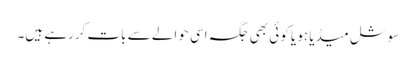
سوشل میڈیا ہو یا کوئی بھی جگہ اسی حوالے سے بات کررہے ہیں۔